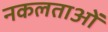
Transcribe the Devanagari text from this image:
नकलताओं